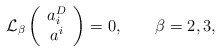
\begin{align*}{\cal L}_\beta \left(\begin{array}{c} a_i^D \\ a^i \end{array}\right)=0,\qquad \beta=2,3,\end{align*}